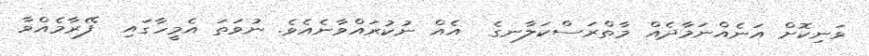
ވަނިކޮށް އަނެއްނަމާދެއް މާތްރަސްކަލާނގެ  އެއް ނުކުރައްވާނެއެވެ. ނުވަތަ އެމީހާގައި  ފޭރާމެއްވާ